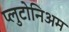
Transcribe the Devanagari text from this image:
प्लुटोनिअम